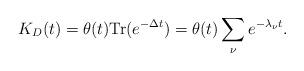
LaTeX: \begin{align*}K_D (t) =\theta (t){\rm Tr}(e^{-\Delta t})=\theta (t)\sum_{\nu}e^{-\lambda_\nu t}.\end{align*}